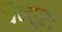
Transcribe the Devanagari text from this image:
बैन्दूरा